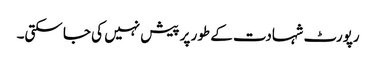
رپورٹ شہادت کے طور پر پیش نہیں کی جا سکتی۔